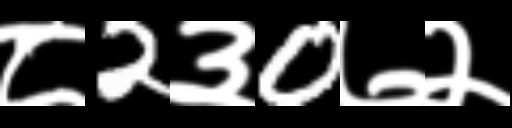
Text: ८2३0७२